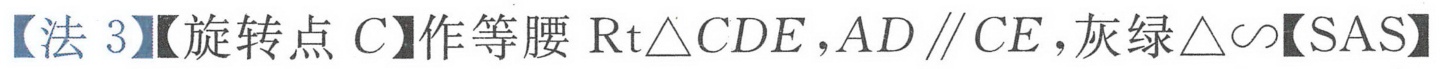
【法 3】【旋转点 \(C\)】作等腰 \(\mathrm{Rt}\triangle CDE\)，\(AD \parallel CE\)，灰绿\(\triangle\sim\)【SAS】